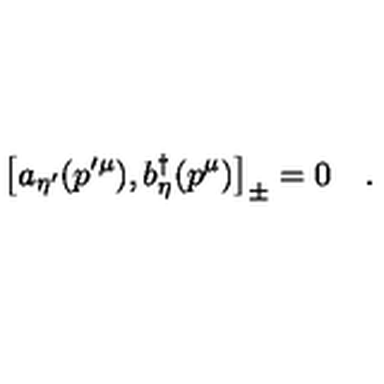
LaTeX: \left[ a _ { \eta ^ { \prime } } ( p ^ { \prime \mu } ) , b _ { \eta } ^ { \dagger } ( p ^ { \mu } ) \right] _ { \pm } = 0 \quad .